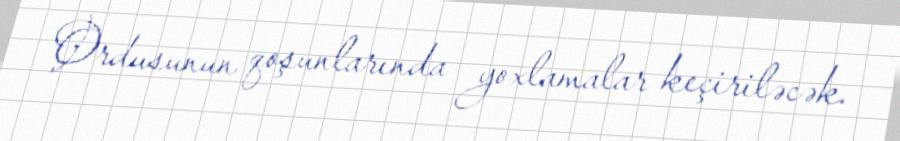
Ordusunun qoşunlarında yoxlamalar keçiriləcək.